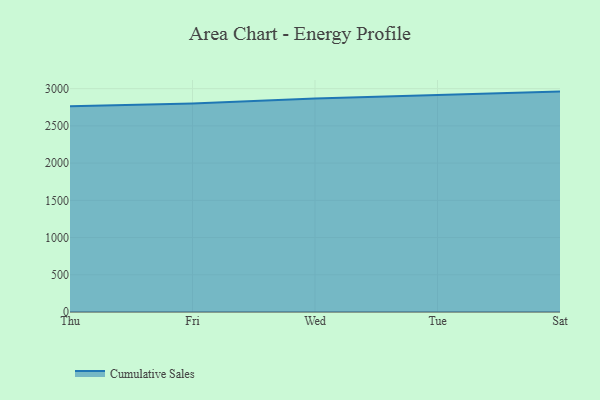
{"axis": {"x": "Day", "y": "Customer Acquisition Cost (USD)"}, "legend": ["Cumulative Sales"], "data": [{"x": "Thu", "y": 2762.6, "type": "Cumulative Sales"}, {"x": "Fri", "y": 2800.5, "type": "Cumulative Sales"}, {"x": "Wed", "y": 2867.2, "type": "Cumulative Sales"}, {"x": "Tue", "y": 2915.3, "type": "Cumulative Sales"}, {"x": "Sat", "y": 2960.4, "type": "Cumulative Sales"}]}